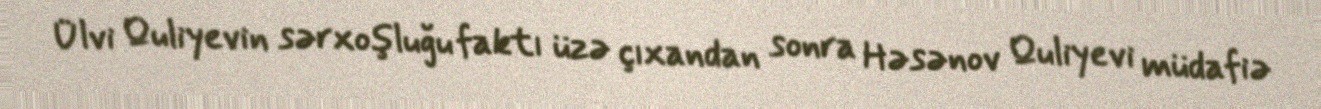
Ülvi Quliyevin sərxoşluğu faktı üzə çıxandan sonra Həsənov Quliyevi müdafiə